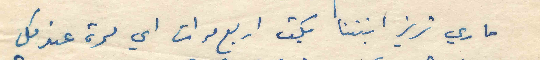
ماري تريز ابنتنا بكت اربع مرات اي مرة عند كل